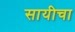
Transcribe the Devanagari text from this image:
सायीचा